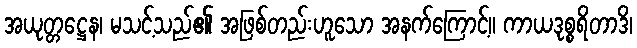
အယုတ္တဋ္ဌေန၊ မသင့်သည်၏ အဖြစ်တည်းဟူသော အနက်ကြောင့်။ ကာယဒုစ္စရိတာဒိ၊